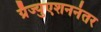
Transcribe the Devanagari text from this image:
ग्रॅज्युएशननंतर